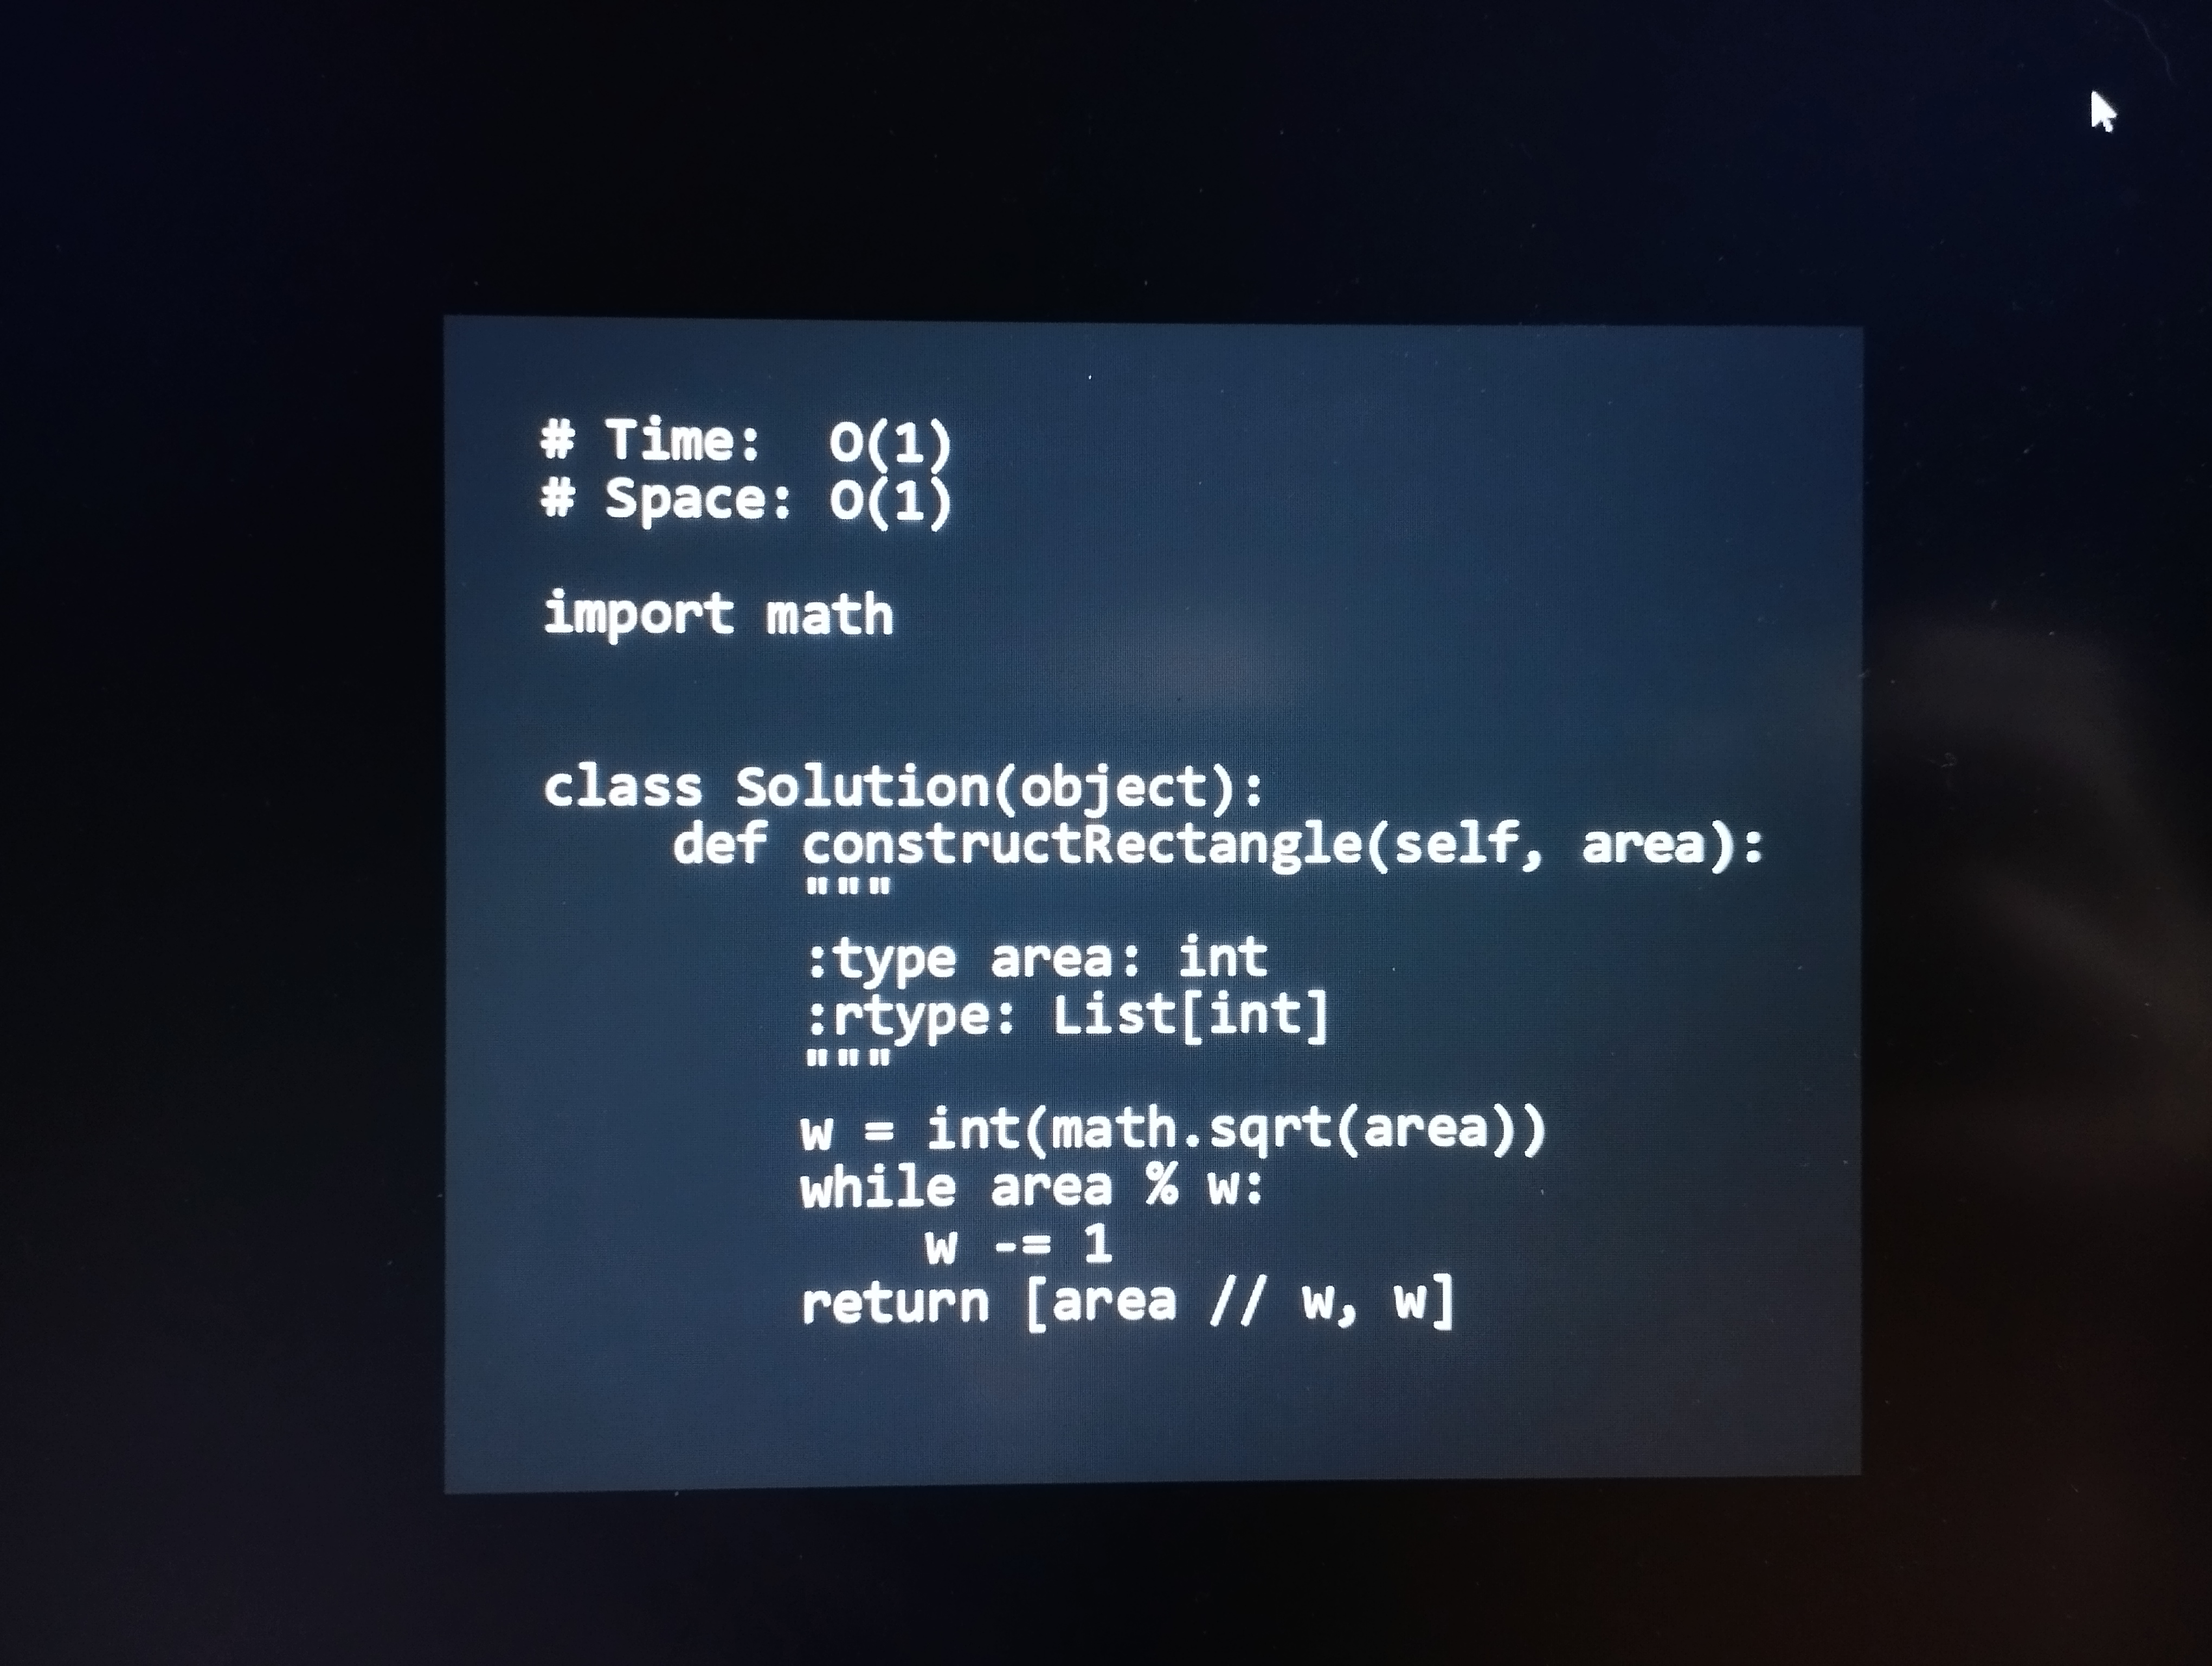
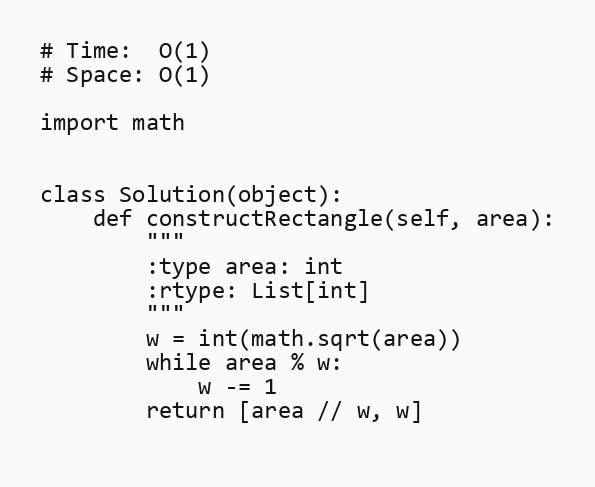
# Time:  O(1)
# Space: O(1)

import math

class Solution(object):
    def constructRectangle(self, area):
        """
        :type area: int
        :rtype: List[int]
        """
        w = int(math.sqrt(area))
        while area % w:
            w -= 1
        return [area // w, w]